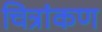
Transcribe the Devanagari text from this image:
चित्रांकण